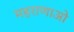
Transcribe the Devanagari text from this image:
महराणाओ